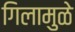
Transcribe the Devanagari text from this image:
गिलामुळे